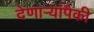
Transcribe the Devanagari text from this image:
देणार्‍यांपैकी